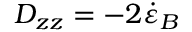
D _ { z z } = - 2 \dot { \varepsilon } _ { B }